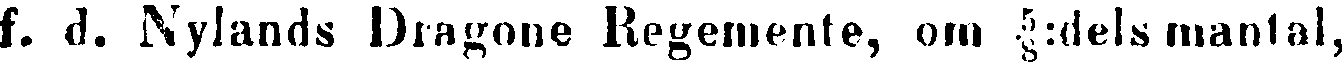
f. d. Nylands Dragone Regemente, om ⅝:dels mantal,